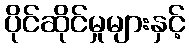
ပိုင်ဆိုင်မှုများနှင့်